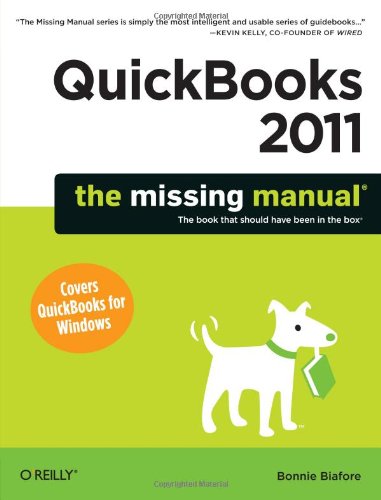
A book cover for QuickBooks 2011: The Missing Manual (Missing Manuals); Bonnie Biafore; Computers & Technology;